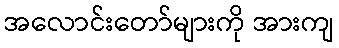
အလောင်းတော်များကို အားကျ